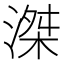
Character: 滐